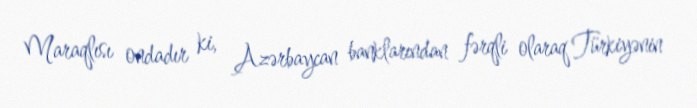
Maraqlısı ondadır ki, Azərbaycan banklarından fərqli olaraq Türkiyənin